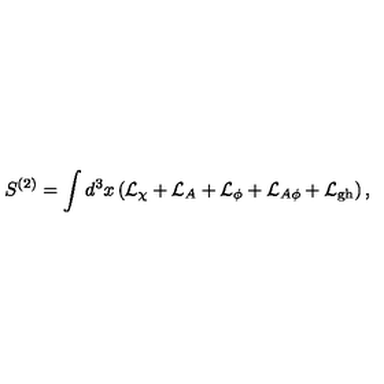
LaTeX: S ^ { ( 2 ) } = \int d ^ { 3 } x \left( { \cal L } _ { \chi } + { \cal L } _ { A } + { \cal L } _ { \phi } + { \cal L } _ { A \phi } + { \cal L } _ { \mathrm { g h } } \right) ,